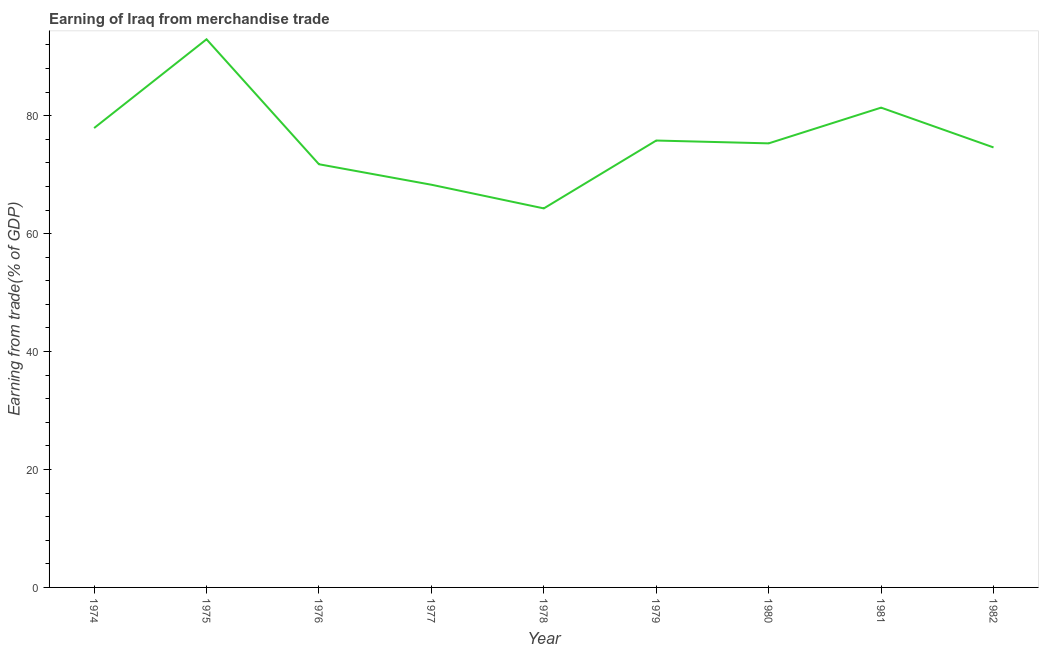
| Year | Merchandise trade |
 | --- | --- |
 | 1974 | 77.9 |
 | 1975 | 93 |
 | 1976 | 71.8 |
 | 1977 | 68.3 |
 | 1978 | 64.3 |
 | 1979 | 75.8 |
 | 1980 | 75.3 |
 | 1981 | 81.4 |
 | 1982 | 74.6 |